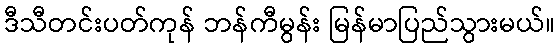
ဒီသီတင်းပတ်ကုန် ဘန်ကီမွန်း မြန်မာပြည်သွားမယ်။